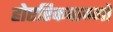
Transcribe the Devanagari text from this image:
होएरिकवाग्गो